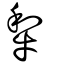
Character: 犁